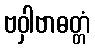
ဗဝှါဗာဓတ္တံ